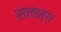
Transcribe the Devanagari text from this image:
संलन्ग